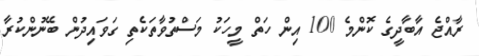
ރާއްޖެ އާބާދީގެ ކޮންމެ 100 އިން ހަތް މީހަކު މަސްތުވާތަކެތި ގަވައިދުން ބޭނުންކުރާ